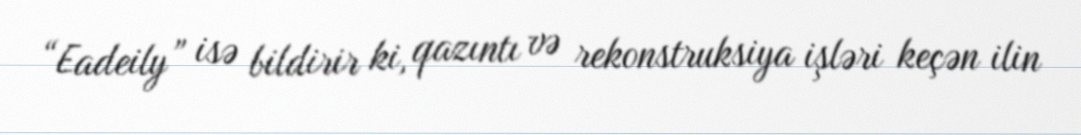
“Eadeily” isə bildirir ki, qazıntı və rekonstruksiya işləri keçən ilin